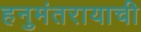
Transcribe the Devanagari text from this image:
हनुमंतरायाची